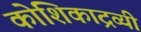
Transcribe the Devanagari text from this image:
कोशिकाद्रव्यी